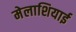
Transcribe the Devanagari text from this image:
मेलाशियाई